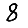
Digit: 8